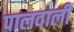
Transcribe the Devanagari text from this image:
पालवाली